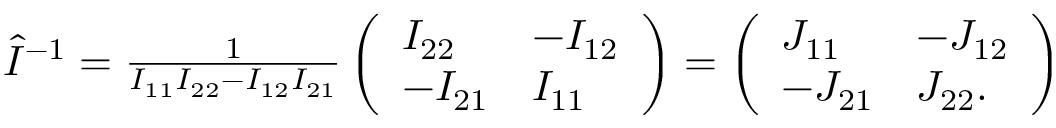
\begin{array} { r } { \hat { I } ^ { - 1 } = \frac { 1 } { I _ { 1 1 } I _ { 2 2 } - I _ { 1 2 } I _ { 2 1 } } \left( \begin{array} { l l } { I _ { 2 2 } } & { - I _ { 1 2 } } \\ { - I _ { 2 1 } } & { I _ { 1 1 } } \end{array} \right) = \left( \begin{array} { l l } { J _ { 1 1 } } & { - J _ { 1 2 } } \\ { - J _ { 2 1 } } & { J _ { 2 2 } . } \end{array} \right) } \end{array}